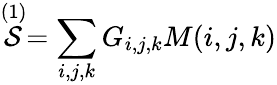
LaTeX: \stackrel{(1)}{\cal{S}}=\sum_{i,j,k}G_{i,j,k}M(i,j,k)